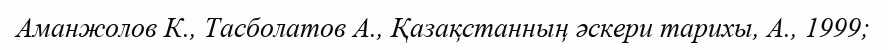
Аманжолов К., Тасболатов А., Қазақстанның әскери тарихы, А., 1999;